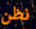
نظن